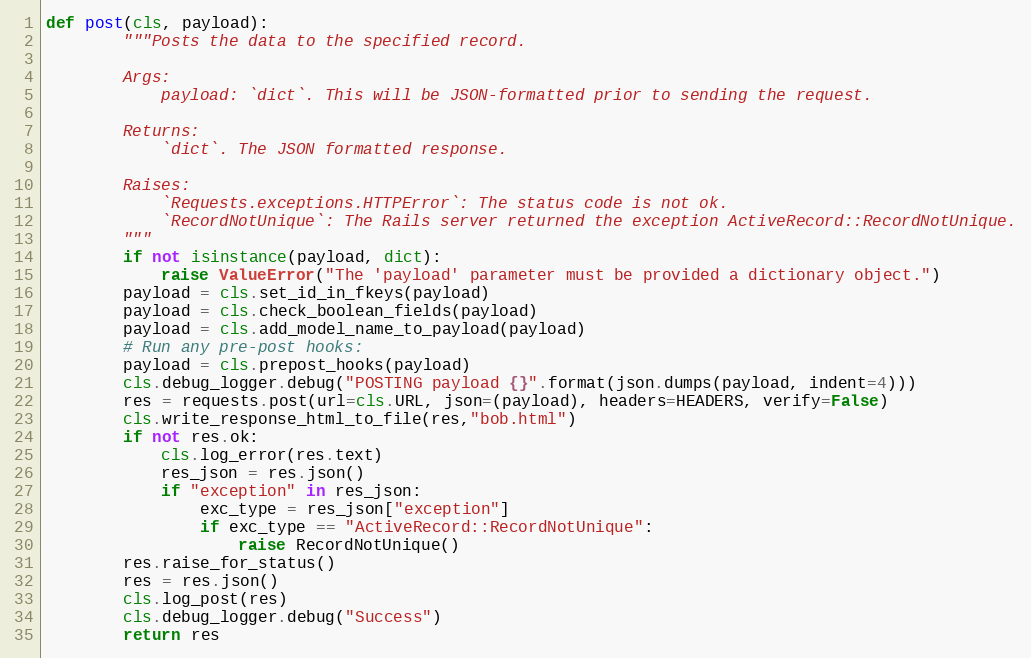
Language: Python
def post(cls, payload):
        """Posts the data to the specified record.

        Args:
            payload: `dict`. This will be JSON-formatted prior to sending the request.

        Returns:
            `dict`. The JSON formatted response.

        Raises:
            `Requests.exceptions.HTTPError`: The status code is not ok.
            `RecordNotUnique`: The Rails server returned the exception ActiveRecord::RecordNotUnique.
        """
        if not isinstance(payload, dict):
            raise ValueError("The 'payload' parameter must be provided a dictionary object.")
        payload = cls.set_id_in_fkeys(payload)
        payload = cls.check_boolean_fields(payload)
        payload = cls.add_model_name_to_payload(payload)
        # Run any pre-post hooks:
        payload = cls.prepost_hooks(payload)
        cls.debug_logger.debug("POSTING payload {}".format(json.dumps(payload, indent=4)))
        res = requests.post(url=cls.URL, json=(payload), headers=HEADERS, verify=False)
        cls.write_response_html_to_file(res,"bob.html")
        if not res.ok:
            cls.log_error(res.text)
            res_json = res.json()
            if "exception" in res_json:
                exc_type = res_json["exception"]
                if exc_type == "ActiveRecord::RecordNotUnique":
                    raise RecordNotUnique()
        res.raise_for_status()
        res = res.json()
        cls.log_post(res)
        cls.debug_logger.debug("Success")
        return res